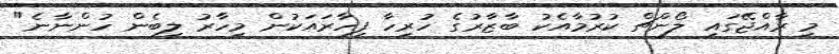
މި ރާއްޖޭގައި ލޯންޗް ކުރުމާއެކު ބާޒާރުގެ ހުރިހާ ފިހާރައަކުން މިހާރު ލިބެން ހުންނާނެ"